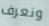
ونعرف